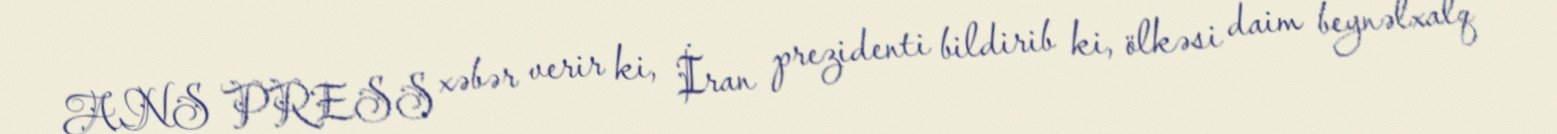
ANS PRESS xəbər verir ki, İran prezidenti bildirib ki, ölkəsi daim beynəlxalq